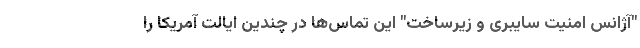
"آژانس امنیت سایبری و زیرساخت" این تماس‌ها در چندین ایالت آمریکا را